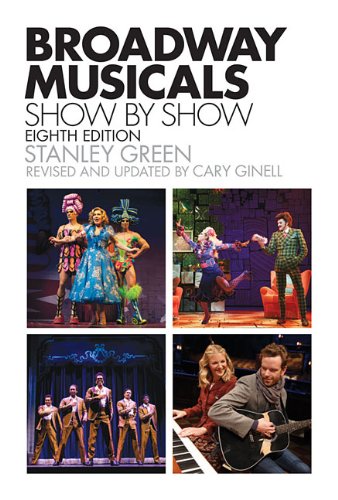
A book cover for Broadway Musicals, Show-by-Show: Eighth Edition; Stanley Green; Humor & Entertainment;